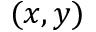
( x , y )